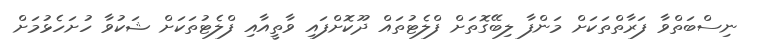
ނިސްބަތްވާ ފަރާތްތަކަށް މަންފާ ލިބޭގޮތަށް ފްލެޓުތައް ދޫކޮށްފައި ވާތީއާއި ފްލެޓުތަކަށް ޝަކުވާ ހުށަހެޅުމަށް